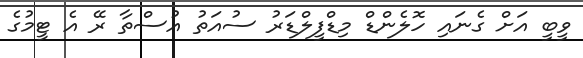
ވީބީ އަށް ގެނައި ހޮލެންޑް މިޑްފީލްޑަރު ސުއަތު އުސްތާ ރޭ އެ ޓީމުގެ